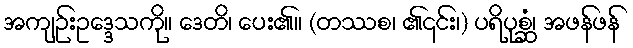
အကျဉ်းဥဒ္ဒေသကို။ ဒေတိ၊ ပေး၏။ (တဿစ၊ ၏၎င်း၊) ပရိပုစ္ဆံ၊ အဖန်ဖန်